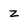
Character: z